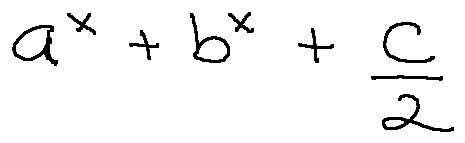
a ^ { x } + b ^ { x } + \frac { c } { 2 }